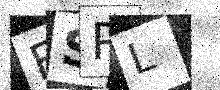
Text: FSPL